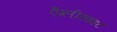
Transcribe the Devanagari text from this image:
ऐंग्लीसाइट